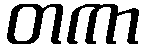
တကာ